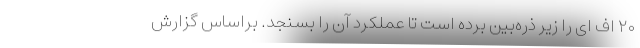
۲۰ اف ای را زیر ذره‌بین برده است تا عملکرد آن را بسنجد. براساس گزارش